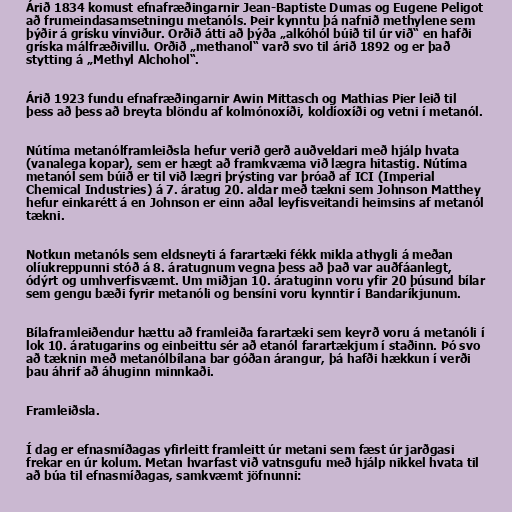
Árið 1834 komust efnafræðingarnir Jean-Baptiste Dumas og Eugene Peligot
að frumeindasamsetningu metanóls. Þeir kynntu þá nafnið methylene sem
þýðir á grísku vínviður. Orðið átti að þýða „alkóhól búið til úr við“ en hafði
gríska málfræðivillu. Orðið „methanol“ varð svo til árið 1892 og er það
stytting á „Methyl Alchohol“.

Árið 1923 fundu efnafræðingarnir Awin Mittasch og Mathias Pier leið til
þess að þess að breyta blöndu af kolmónoxíði, koldíoxíði og vetni í metanól.

Nútíma metanólframleiðsla hefur verið gerð auðveldari með hjálp hvata
(vanalega kopar), sem er hægt að framkvæma við lægra hitastig. Nútíma
metanól sem búið er til við lægri þrýsting var þróað af ICI (Imperial
Chemical Industries) á 7. áratug 20. aldar með tækni sem Johnson Matthey
hefur einkarétt á en Johnson er einn aðal leyfisveitandi heimsins af metanól
tækni.

Notkun metanóls sem eldsneyti á farartæki fékk mikla athygli á meðan
olíukreppunni stóð á 8. áratugnum vegna þess að það var auðfáanlegt,
ódýrt og umhverfisvæmt. Um miðjan 10. áratuginn voru yfir 20 þúsund bílar
sem gengu bæði fyrir metanóli og bensíni voru kynntir í Bandaríkjunum.

Bílaframleiðendur hættu að framleiða farartæki sem keyrð voru á metanóli í
lok 10. áratugarins og einbeittu sér að etanól farartækjum í staðinn. Þó svo
að tæknin með metanólbílana bar góðan árangur, þá hafði hækkun í verði
þau áhrif að áhuginn minnkaði.

Framleiðsla.

Í dag er efnasmíðagas yfirleitt framleitt úr metani sem fæst úr jarðgasi
frekar en úr kolum. Metan hvarfast við vatnsgufu með hjálp nikkel hvata til
að búa til efnasmíðagas, samkvæmt jöfnunni: